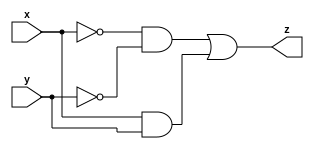
module comp
(
    input wire x,
    input wire y,
    output wire z
);

assign z = (~x)&(~y) | x&y;

endmodule